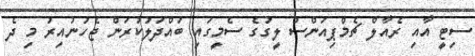
ސިޓީ އާއި ރެއާލް ޗެމްޕިއަންސް ލީގުގެ ސެމީގައި ބައްދަލުކުރަން ޖެހުނުއިރު މި ދެ